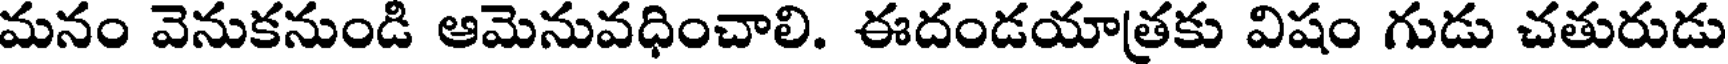
మనం వెనుకనుండి ఆమెనువధించాలి. ఈదండయాత్రకు విషం గుడు చతురుడు